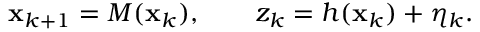
\begin{array} { r } { \mathbf { x } _ { k + 1 } = M ( \mathbf { x } _ { k } ) , \qquad z _ { k } = h ( \mathbf { x } _ { k } ) + \eta _ { k } . } \end{array}